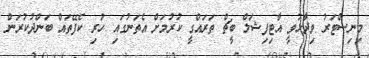
މިނިސްޓަރު ވިދާޅުވީ އާޓިފިޝަލް ބީޗް ތަރައްގީ ކުރުމަށް އެތަނުގައި ހުރި ކެފޭތައް ބަންދުކުރަން